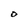
Character: O